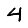
Digit: 4